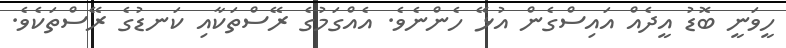
ހީވަނީ ބޮޑު އީދެއް އައިސްގެން އުޅޭ ހެންނެވެ. އެއްގަމުގެ ރޭސްތަކާއި ކަނޑުގެ ރޭސްތަކެވެ.